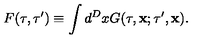
F ( \tau , \tau ^ { \prime } ) \equiv \int d ^ { D } x G ( \tau , { \bf x } ; \tau ^ { \prime } , { \bf x } ) .